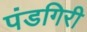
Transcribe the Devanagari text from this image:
पंडगिरी